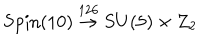
\textrm { S p i n } ( 1 0 ) \stackrel { 1 2 6 } { \rightarrow } S U ( 5 ) \times Z _ { 2 }